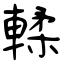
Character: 輮